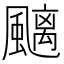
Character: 䬜